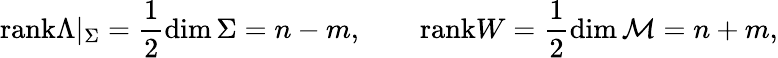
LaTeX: \mathrm{rank}\Lambda|_{\Sigma}=\frac 12\dim\Sigma=n-m,\qquad\mathrm{rank}W=\frac 12\dim{\cal M}=n+m,